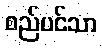
စည်ပင်သာ